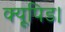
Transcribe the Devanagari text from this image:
क्यूपिड।